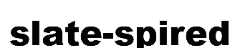
slate-spired